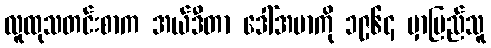
လူထုသတင်းစာက အယ်ဒီတာ ဒေါ်အမာကို ၁၉၆၄ မှာပြည်သူ